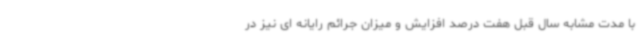
با مدت مشابه سال قبل هفت درصد افزایش و میزان جرائم رایانه ای نیز در